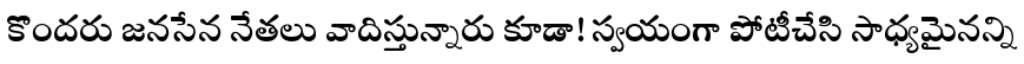
కొందరు జనసేన నేతలు వాదిస్తున్నారు కూడా! స్వయంగా పోటీచేసి సాధ్యమైనన్ని